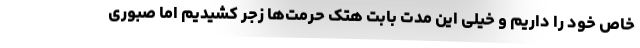
خاص خود را داریم و خیلی این مدت بابت هتک حرمت‌ها زجر کشیدیم اما صبوری